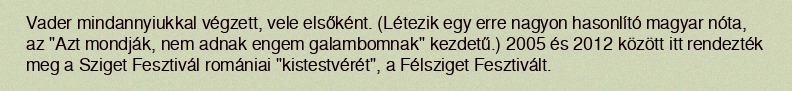
Vader mindannyiukkal végzett, vele elsőként. (Létezik egy erre nagyon hasonlító magyar nóta, az "Azt mondják, nem adnak engem galambomnak" kezdetű.) 2005 és 2012 között itt rendezték meg a Sziget Fesztivál romániai "kistestvérét", a Félsziget Fesztivált.